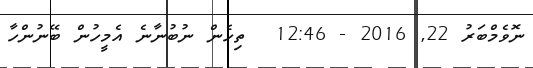
ނޮވެމްބަރު 22